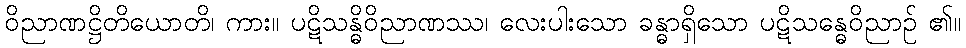
ဝိညာဏဋ္ဌိတိယောတိ၊ ကား။ ပဋိသန္ဓိဝိညာဏဿ၊ လေးပါးသော ခန္ဓာရှိသော ပဋိသန္ဓေဝိညာဉ် ၏။